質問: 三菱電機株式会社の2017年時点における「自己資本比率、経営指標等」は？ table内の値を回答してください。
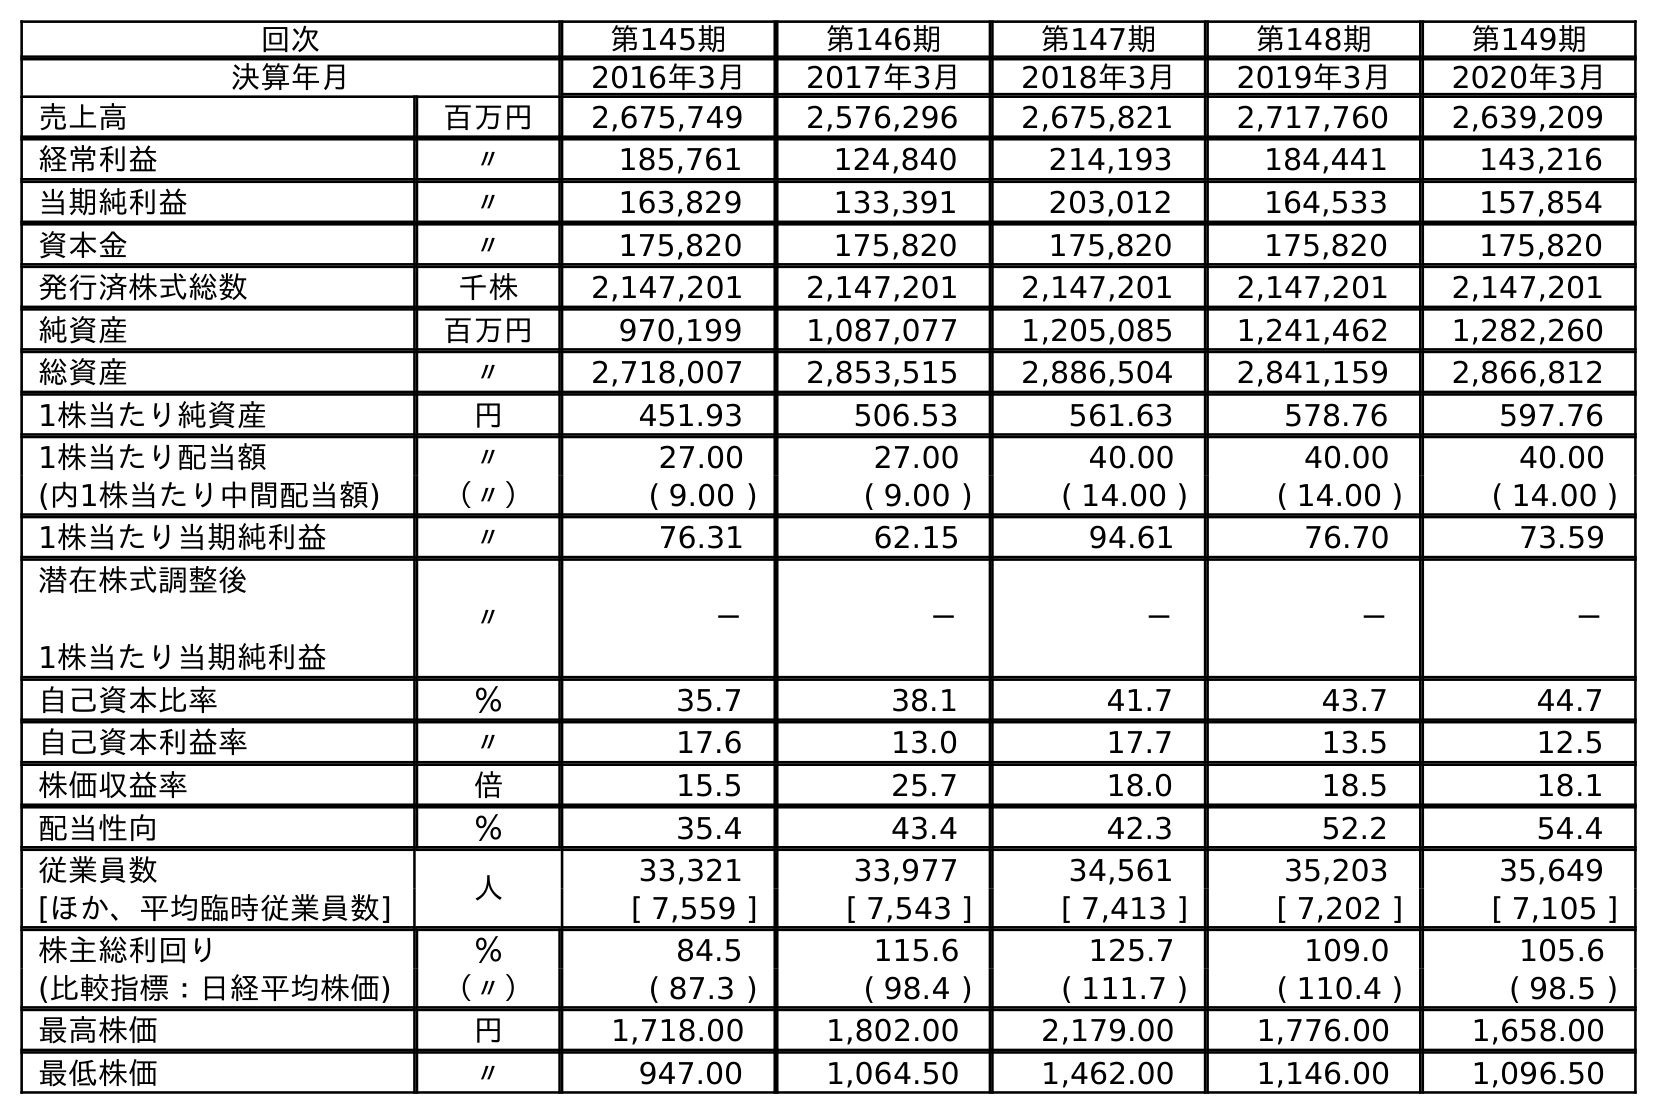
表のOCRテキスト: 回次 第145期 第146期 第147期 第148期 第149期 決算年月 2016年3月 2017年3月 2018年3月 2019年3月 2020年3月 売上高 百万円 2,675,749 2,576,296 2,675,821 2,717,760 2,639,209 経常利益 〃 185,761 124,840 214,193 184,441 143,216 当期純利益 〃 163,829 133,391 203,012 164,533 157,854 資本金 〃 175,820 175,820 175,820 175,820 175,820 発行済株式総数 千株 2,147,201 2,147,201 2,147,201 2,147,201 2,147,201 純資産 百万円 970,199 1,087,077 1,205,085 1,241,462 1,282,260 総資産 〃 2,718,007 2,853,515 2,886,504 2,841,159 2,866,812 1株当たり純資産 円 451.93 506.53 561.63 578.76 597.76 1株当たり配当額 〃 27.00 27.00 40.00 40.00 40.00 (内1株当たり中間配当額) （〃） ( 9.00 ) ( 9.00 ) ( 14.00 ) ( 14.00 ) ( 14.00 ) 1株当たり当期純利益 〃 76.31 62.15 94.61 76.70 73.59 潜在株式調整後 1株当たり当期純利益 〃 － － － － － 自己資本比率 ％ 35.7 38.1 41.7 43.7 44.7 自己資本利益率 〃 17.6 13.0 17.7 13.5 12.5 株価収益率 倍 15.5 25.7 18.0 18.5 18.1 配当性向 ％ 35.4 43.4 42.3 52.2 54.4 従業員数 人 33,321 33,977 34,561 35,203 35,649 [ほか、平均臨時従業員数] [ 7,559 ] [ 7,543 ] [ 7,413 ] [ 7,202 ] [ 7,105 ] 株主総利回り ％ 84.5 115.6 125.7 109.0 105.6 (比較指標：日経平均株価) （〃） ( 87.3 ) ( 98.4 ) ( 111.7 ) ( 110.4 ) ( 98.5 ) 最高株価 円 1,718.00 1,802.00 2,179.00 1,776.00 1,658.00 最低株価 〃 947.00 1,064.50 1,462.00 1,146.00 1,096.50
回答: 38.1